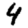
Digit: 4